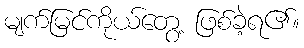
မျက်မြင်ကိုယ်တွေ့ ဖြစ်ခဲ့ရ၏။